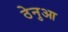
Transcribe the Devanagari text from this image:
ठेनुआ